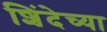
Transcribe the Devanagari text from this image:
शिंदेच्या